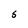
Character: S